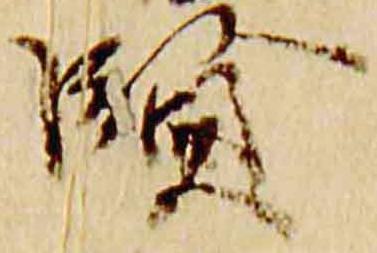
賢